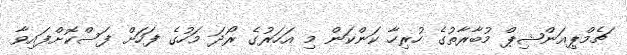
ޗެމްޕިއަންޝިޕް މުބާރާތުގެ ހުރިހާ ކަންކަން މި އަހަރުގެ ރޯދަ މަހުގެ ފަހަށް ފަސްކޮށްފައިވާ